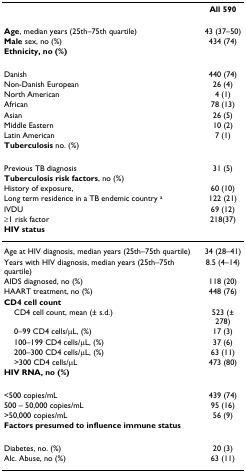
|  | All 590 |
 | --- | --- |
 | Age, median years (25th–75th quartile) | 43 (37–50) |
 | Male sex, no (%) | 434 (74) |
 | Ethnicity, no (%) |  |
 | Danish | 440 (74) |
 | Non-Danish European | 26 (4) |
 | North American | 4 (1) |
 | African | 78 (13) |
 | Asian | 26 (5) |
 | Middle Eastern | 10 (2) |
 | Latin American | 7 (1) |
 | Tuberculosis no. (%) |  |
 | Previous TB diagnosis | 31 (5) |
 | Tuberculosis risk factors, no (%) |  |
 | History of exposure, | 60 (10) |
 | Long term residence in a TB endemic country a | 122 (21) |
 | IVDU | 69 (12) |
 | ≥1 risk factor | 218(37) |
 | HIV status |  |
 | Age at HIV diagnosis, median years (25th–75th quartile) | 34 (28–41) |
 | Years with HIV diagnosis, median years (25th–75th quartile) | 8.5 (4–14) |
 | AIDS diagnosed, no (%) | 118 (20) |
 | HAART treatment, no (%) | 448 (76) |
 | CD4 cell count |  |
 | CD4 cell count, mean (± s.d.) | 523 (± 278) |
 | 0–99 CD4 cells/μL, (%) | 17 (3) |
 | 100–199 CD4 cells/μL, (%) | 37 (6) |
 | 200–300 CD4 cells/μL, (%) | 63 (11) |
 | >300 CD4 cells/μL | 473 (80) |
 | HIV RNA, no (%) |  |
 | <500 copies/mL | 439 (74) |
 | 500 – 50,000 copies/mL | 95 (16) |
 | >50,000 copies/mL | 56 (9) |
 | Factors presumed to influence immune status |  |
 | Diabetes, no. (%) | 20 (3) |
 | Alc. Abuse, no (%) | 63 (11) |